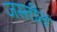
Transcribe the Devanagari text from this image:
जस्तीत